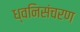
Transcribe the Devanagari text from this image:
ध्वनिसंचरण